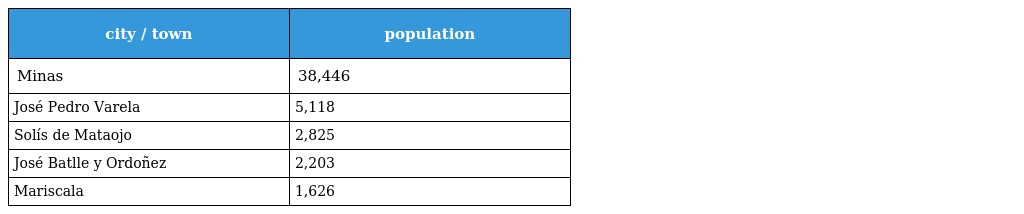
| city / town | population |
 | --- | --- |
 | Minas | 38,446 |
 | José Pedro Varela | 5,118 |
 | Solís de Mataojo | 2,825 |
 | José Batlle y Ordoñez | 2,203 |
 | Mariscala | 1,626 |